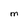
Character: M